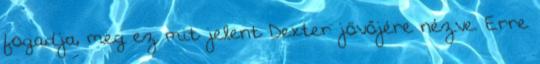
fogadja, meg ez mit jelent Dexter jövőjére nézve. Erre